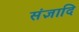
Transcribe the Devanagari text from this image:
संज्ञादि